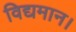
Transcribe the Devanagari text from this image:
विद्यमान।